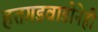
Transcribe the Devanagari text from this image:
हतगडवाडीनेही